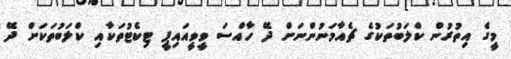
މީގެ އިތުރުން ކްލަބުތަކުގެ ޗެއާމަނުންނަށް ދޭ ހާއްސަ ވީވީއައިޕީ ޓިކެޓުތަކާއި ކްލަބުތަކަށް ދޭ